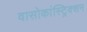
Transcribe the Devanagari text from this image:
वासोकांस्ट्रिक्शन